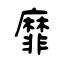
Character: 靡